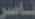
ناصر